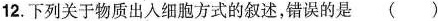
12.下列关于物质出入细胞方式的叙述，错误的是 （）